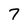
Character: 7